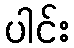
ပါင်း